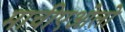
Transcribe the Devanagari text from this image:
माचीएओलो